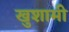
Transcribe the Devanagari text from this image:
खुशामी